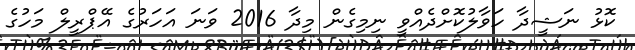
ކޮޅު ނަޝީދާ ހަވާލުކޮށްދެއްވީ ނިމިގެން މިދާ 2016 ވަނަ އަހަރުގެ އޭޕްރީލް މަހުގެ